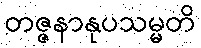
တဇ္ဇနာနုပသမ္မတိ